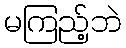
မကြည့်ဘဲ